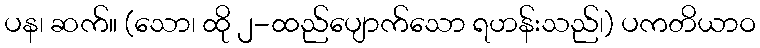
ပန၊ ဆက်။ (သော၊ ထို ၂-ထည်ပျောက်သော ရဟန်းသည်၊) ပကတိယာဝ